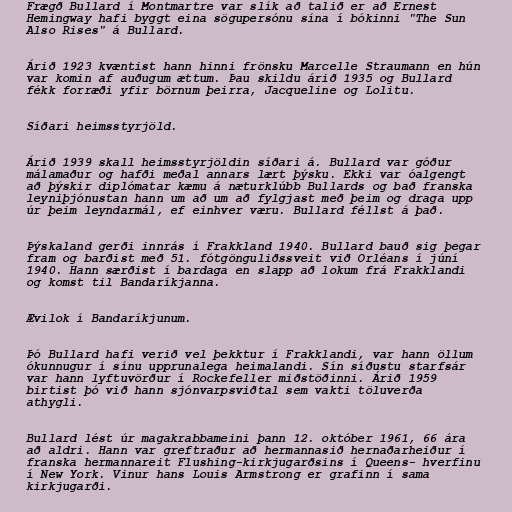
Frægð Bullard í Montmartre var slík að talið er að Ernest
Hemingway hafi byggt eina sögupersónu sína í bókinni "The Sun
Also Rises" á Bullard.

Árið 1923 kvæntist hann hinni frönsku Marcelle Straumann en hún
var komin af auðugum ættum. Þau skildu árið 1935 og Bullard
fékk forræði yfir börnum þeirra, Jacqueline og Lolitu.

Síðari heimsstyrjöld.

Árið 1939 skall heimsstyrjöldin síðari á. Bullard var góður
málamaður og hafði meðal annars lært þýsku. Ekki var óalgengt
að þýskir diplómatar kæmu á næturklúbb Bullards og bað franska
leyniþjónustan hann um að um að fylgjast með þeim og draga upp
úr þeim leyndarmál, ef einhver væru. Bullard féllst á það.

Þýskaland gerði innrás í Frakkland 1940. Bullard bauð sig þegar
fram og barðist með 51. fótgönguliðssveit við Orléans í júní
1940. Hann særðist í bardaga en slapp að lokum frá Frakklandi
og komst til Bandaríkjanna.

Ævilok í Bandaríkjunum.

Þó Bullard hafi verið vel þekktur í Frakklandi, var hann öllum
ókunnugur í sínu upprunalega heimalandi. Sín síðustu starfsár
var hann lyftuvörður í Rockefeller miðstöðinni. Árið 1959
birtist þó við hann sjónvarpsviðtal sem vakti töluverða
athygli.

Bullard lést úr magakrabbameini þann 12. október 1961, 66 ára
að aldri. Hann var greftraður að hermannasið hernaðarheiður í
franska hermannareit Flushing-kirkjugarðsins í Queens- hverfinu
í New York. Vinur hans Louis Armstrong er grafinn í sama
kirkjugarði.